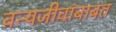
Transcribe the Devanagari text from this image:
वन्यजीवांबाबत